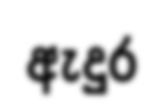
ඇදුර